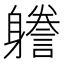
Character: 𨊏